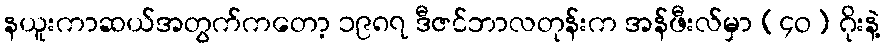
နယူးကာဆယ်အတွက်ကတော့ ၁၉၈၇ ဒီဇင်ဘာလတုန်းက အန်ဖီးလ်မှာ (၄ဝ) ဂိုးနဲ့